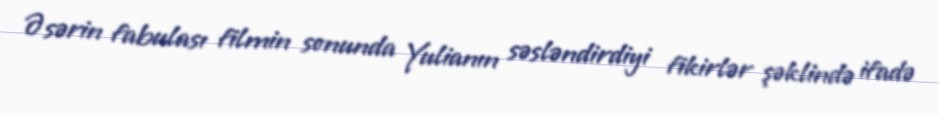
Əsərin fabulası filmin sonunda Yulianın səsləndirdiyi fikirlər şəklində ifadə